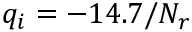
q _ { i } = - 1 4 . 7 / N _ { r }